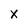
Character: X